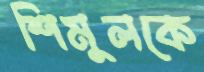
শিমুলকে